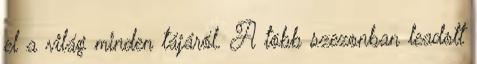
el a világ minden tájáról. A több szezonban leadott